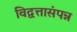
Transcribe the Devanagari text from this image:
विद्वत्तासंपन्न